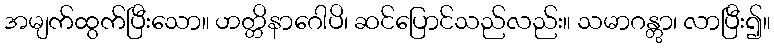
အမျက်ထွက်ပြီးသော။ ဟတ္တိနာဂေါပိ၊ ဆင်ပြောင်သည်လည်း။ သမာဂန္တွာ၊ လာပြီး၍။